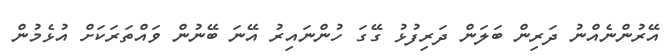
އޭރުންނެއްނު ދަރިން ބަލަން ދަރިފުޅު ގޭގަ ހުންނައިރު އޭނަ ބޭނުން ވައްތަރަކަށް އުޅެމުން